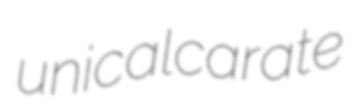
unicalcarate